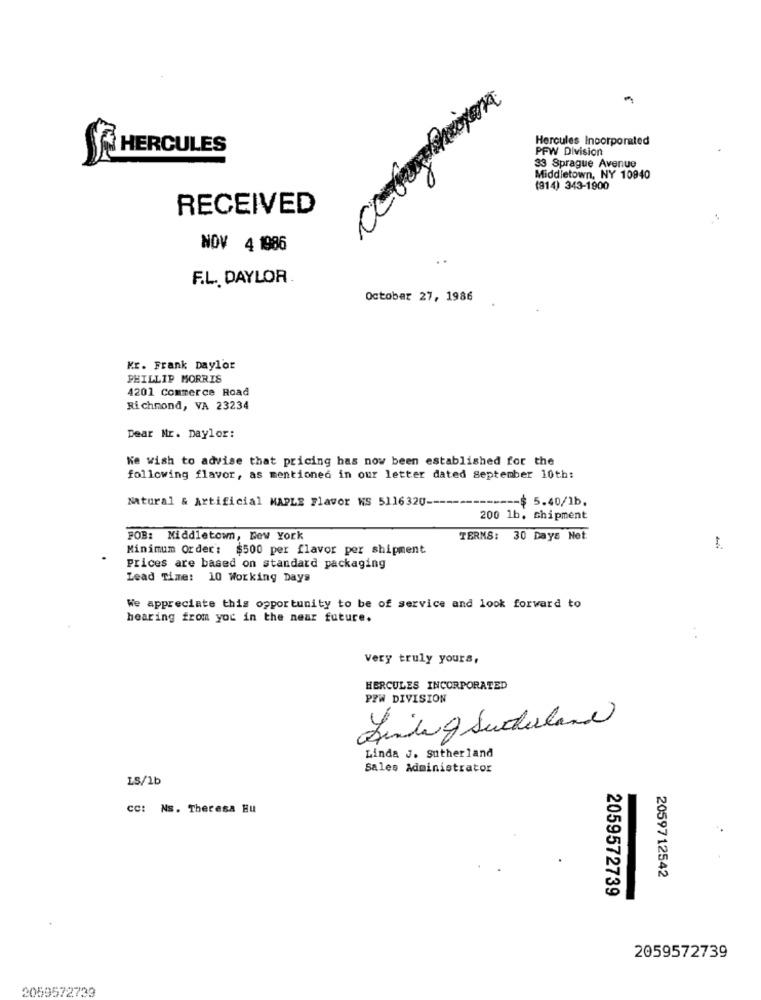
Hercules Incorporated
HERCULES
PFW Division
33 Sprague Avenue
Middletown, NY 10940
(914) 343-1900
RECEIVED
NOV 4 1986
..
F.L. DAYLOR.
October 27, 1986
Mr. Frank Dayl'or
PHILLIP MORRIS
4201 Commerce Road
Richmond, VA 23234
Dear Mr. Daylor:
Ke wish to advise that pricing has now been established for the
following flavor, as mentioned in our letter dated September 10th:
Matural & Artificial MAPLE Flavor KS 5116320 ------
--- $ 5.40/1b.
200 1b. shipment
POB: Middletown, New York
TERMS: 30 Days Net.
Minimum Order: $500 per flavor per shipment
Prices are based on standard packaging
Lead Time: 10 Working Days
We appreciate this opportunity to be of service and look forward to
hearing from yoc in the near future.
Very truly yours,
HERCULES INCORPORATED
PEW DIVISION
Linking Sunderland
Linda J. Sutherland
Sales Administrator
LS/1b
CC: Ns. Theresa Eu
2059712542
2059572739
2059572739
2059572733